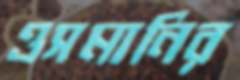
ওসমানির